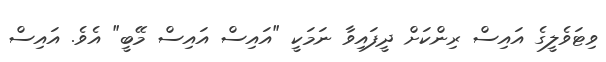
ވިޓަވެލީގެ އައިސް ރިންކަށް ދީފައިވާ ނަމަކީ "އައިސް އައިސް މޭބީ" އެވެ. އައިސް